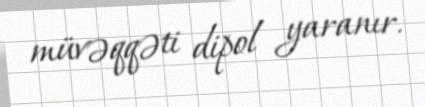
müvəqqəti dipol yaranır.